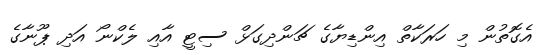
އެގޮތުން މި ހަރަކާތް އިންޑިޔާގެ ޗަންދިގަޅް ސިޓީ އާއި ލެކްނޯ އަދި ޕޫނާގެ